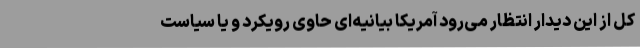
کل از این دیدار انتظار می‌رود آمریکا بیانیه‌ای حاوی رویکرد و یا سیاست